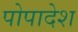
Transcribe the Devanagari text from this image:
पोपादेश